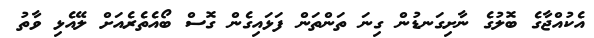
އެކުއްޖާގެ ބޮލުގެ ނާށިގަނޑުން ގިނަ ތަންތަން ފަޅައިގެން ގޮސް ބޯއެތެރެއަށް ލޭއެޅި ވާތު